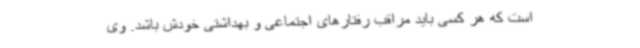
است که هر کسی باید مراقب رفتارهای اجتماعی و بهداشتی خودش باشد. وی